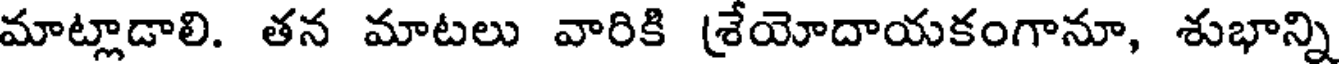
మాట్లాడాలి. తన మాటలు వారికి శ్రేయోదాయకంగానూ, శుభాన్ని